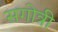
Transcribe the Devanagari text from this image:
सगोत्री